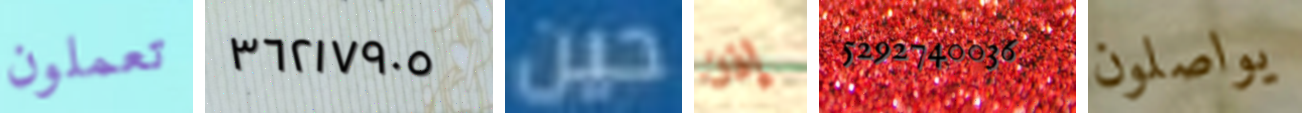
تعملون ٣٦٢١٧٩٠٥ حين إذن 5292740036 يواصلون